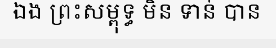
ឯង ព្រះសម្ពុទ្ធ មិន ទាន់ បាន